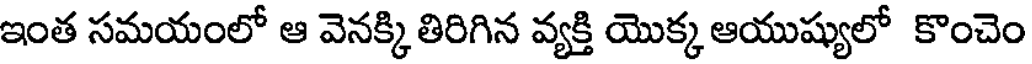
ఇంత సమయంలో ఆ వెనక్కి తిరిగిన వ్యక్తి యొక్క ఆయుష్యులో కొంచెం